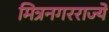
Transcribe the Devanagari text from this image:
मित्रनगरराज्ये